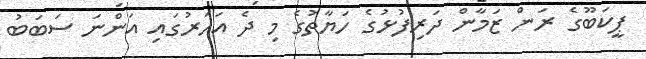
ޕީކަބޫގެ ރަން ޒަމާން ދަރިފުޅުގެ ހަޔާތުގެ މި ދެ އަހަރުގައި އަންނަ ސަބަބު